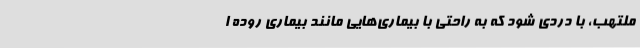
ملتهب، با دردی شود که به راحتی با بیماری‌هایی مانند بیماری روده ا